Annual report of the Punjab Veterinary College and of the Civil Veterinary Department, Punjab - 1909-1919
Year: 1909
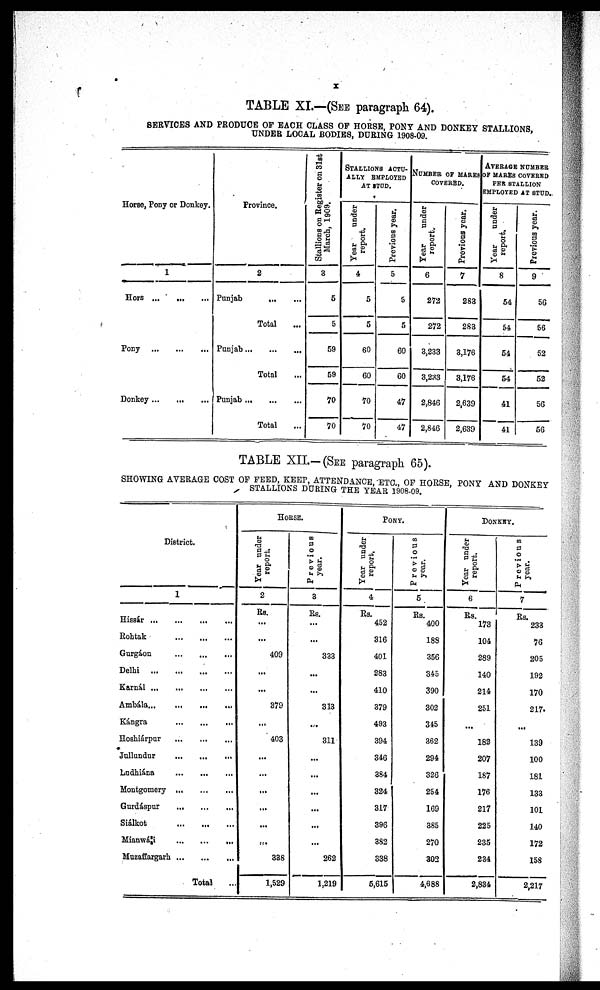
x
TABLE XI.—(SEE paragraph 64).
SERVICES AND PRODUCE OF EACH CLASS OF HORSE, PONY AND DONKEY STALLIONS,
UNDER LOCAL BODIES, DURING 1908-09.
Horse, Pony or Donkey.
1
Hors ... ... ...
Pony
...
...
...
Donkey ... ... ...
Province.
2
Punjab
... ...
Total ...
Punjab...
...
...
Total ...
Punjab
...
...
...
Total ...
Stallions on Register on 31st
March, 1909.
3
5
5
59
59
10
70
STALLIONS ACTU-
ALLY EMPLOYED
AT STUD.
Year
under
report.
4
5
5
60
60
70
70
Previous year.
5
5
5
60
60
47
47
NUMBER OF MARES
COVERED.
Year
under
report.
6
272
272
3,233
3,233
2,846
2,846
Previous year.
7
283
283
3,176
3,176
2,639
2,639
AVERAGE NUMBER
OF MARES COVERED
PER STALLION
EMPLOYED AT STUD.
Year
under
report.
8
54
54
54
54
41
41
Previous year.
9
56
56
52
52
56
56
TABLE XII.-(SEE paragraph 65).
SHOWING AVERAGE COST OF FEED, KEEP, ATTENDANCE, ETC., OF HORSE, PONY AND DONKEY
STALLIONS DURING THE YEAR 1908-09.
District.
1
Hissár
...
...
...
...
Rohtak
...
...
...
Gurgáon
...
...
...
Delhi
...
...
...
...
Karnál
...
...
...
...
Ambála ... ... ... ...
Kángra
...
...
...
Hoshiárpur ... ... ...
Jullundur
...
...
...
Ludhiána
...
...
...
Montgomery
...
...
...
Gurdáspur
...
...
...
Siálkot
...
...
...
Mianwáli
...
...
...
Muzaffargarh ... ... ...
Total ...
HORSE.
Year under
report.
2
Rs.
...
...
409
...
...
379
...
403
...
...
...
...
...
...
338
1,529
Previous
year.
3
Rs.
...
...
333
...
...
313
...
311
...
...
...
...
...
...
262
1,219
PONY.
Year under
report.
4
Rs.
452
316
401
283
410
379
493
394
346
384
324
317
396
382
338
5,615
Previous
year.
5
Rs.
400
188
356
345
390
302
345
362
294
326
254
169
385
270
302
4,688
DONKEY.
Year under
report.
6
Rs.
173
104
289
140
214
251
...
182
207
187
176
217
225
235
234
2,834
Previons
year.
7
Rs.
233
76
205
192
170
217.
...
139
100
181
133
101
140
172
158
2,217